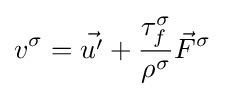
v^{\sigma }={\vec {u'}}+{\frac {\tau _{f}^{\sigma }}{\rho ^{\sigma }}}{\vec {F}}^{\sigma }